Burma Government Medical School reports 1907-22
Year: 1907
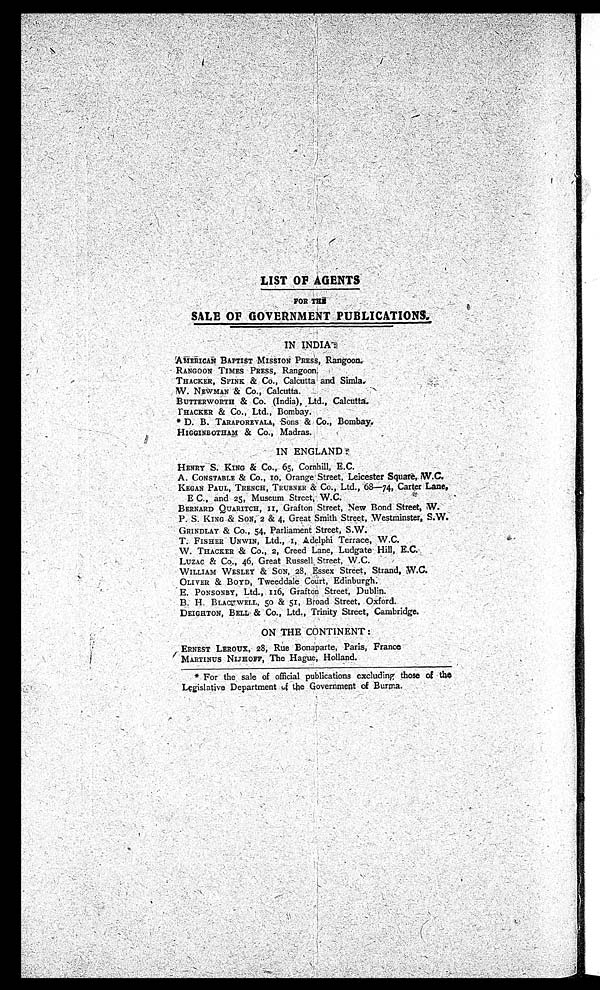
LIST OF AGENTS
FOR THE
SALE OF GOVERNMENT PUBLICATIONS.
IN INDIA:
AMERICAN BAPTIST MISSION PRESS, Rangoon
.
RANGOON TIMES PRESS, R a n g o o n .
,
THACKER, I SPINK & Co., Calcutta and Simla.
W. NEWMAN & Co., Calcutta.
BUTTERWORTH & Co. (India), Ltd., Calcutta.
THACKER & ' Co., Ltd., Bombay.
*D. B. TARAPOREVALA, Sons & Co., Bombay.
HIGGINBOTHAM & Co., Madras.
IN ENGLAND
:
HENRY S. KING & Co., 65, Cornhill, E.C.
A. CONSTABLE & Co., 10, Orange Street, Leicester Square,
W.C.
KEGAN PAUL, TRENCH, TRUBNER & Co., Ltd., 68—74, Carter Lane,
E C., and 25, Museum Streets W.C.
BERNARD QUARITCH, II, Grafton Street, New Bond Street, W.
P. S. KING & SON, 2 & 4, Great Smith Street,
Westminster, S.W.
GRINDLAY & Co., 54, Parliament Street, S.W.
T. FISHER UNWIN, Ltd., I, A delphi Terrace, W.C.
W. THACKER & Co., 2, Creed Lane, Ludgate
E.C.
LUZAC & Co., 46, Great Russell Street, W.C.
WILLIAM WESLEY & SON, 28, Essex Street, Strand, W.C.
OLIVER & BOYD, Tweeddale Court, Edinburgh.
E. PONSONBY, Ltd., 116, Grafton Street, Dublin.
B. H. , BLACKWELL, 50 & 51, Broad Street, Oxford.
DEIGHTON, BELL & Co., Ltd., Trinity Street, Cambridge.
ON THE CONTINENT:
ERNEST LEROUX, 28, Rue Bonaparte, Paris, France
MARTINUS NIJHOFF, The Hague, Holland.
* For the sale of official publications excluding those of ' the
Legislative Department of the Government of Burma.